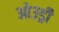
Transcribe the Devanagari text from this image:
ओउड्री